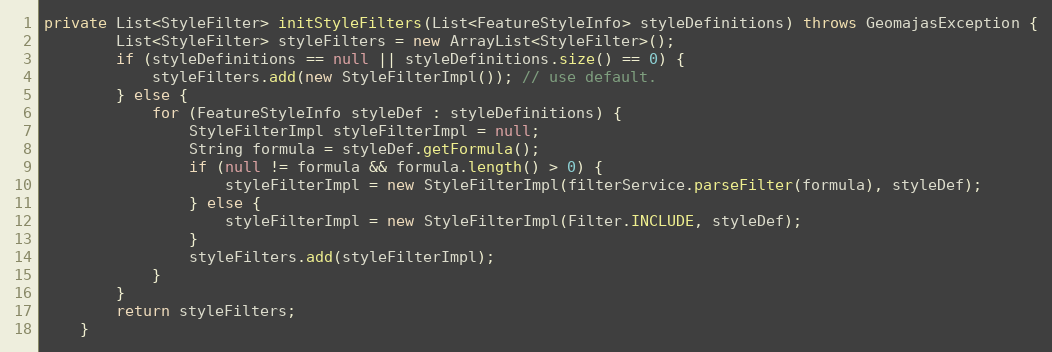
Language: Java
private List<StyleFilter> initStyleFilters(List<FeatureStyleInfo> styleDefinitions) throws GeomajasException {
		List<StyleFilter> styleFilters = new ArrayList<StyleFilter>();
		if (styleDefinitions == null || styleDefinitions.size() == 0) {
			styleFilters.add(new StyleFilterImpl()); // use default.
		} else {
			for (FeatureStyleInfo styleDef : styleDefinitions) {
				StyleFilterImpl styleFilterImpl = null;
				String formula = styleDef.getFormula();
				if (null != formula && formula.length() > 0) {
					styleFilterImpl = new StyleFilterImpl(filterService.parseFilter(formula), styleDef);
				} else {
					styleFilterImpl = new StyleFilterImpl(Filter.INCLUDE, styleDef);
				}
				styleFilters.add(styleFilterImpl);
			}
		}
		return styleFilters;
	}